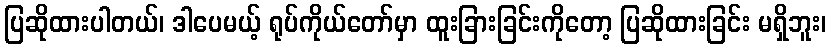
ပြဆိုထားပါတယ်၊ ဒါပေမယ့် ရုပ်ကိုယ်တော်မှာ ထူးခြားခြင်းကိုတော့ ပြဆိုထားခြင်း မရှိဘူး၊